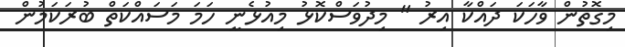
މިގޮތުން ވާހަކަ ދައްކާ އިރު " މިދުވަސްކޮޅު މިއުޅެނީ ހަމަ މަސައްކަތް ބުރަކަމުން